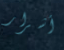
أشرار